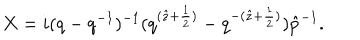
LaTeX: X = i ( q - q ^ { - 1 } ) ^ { - 1 } ( q ^ { ( \hat { z } + \frac { 1 } { 2 } ) } - q ^ { - ( \hat { z } + \frac { 1 } { 2 } ) } ) \hat { p } ^ { - 1 } .